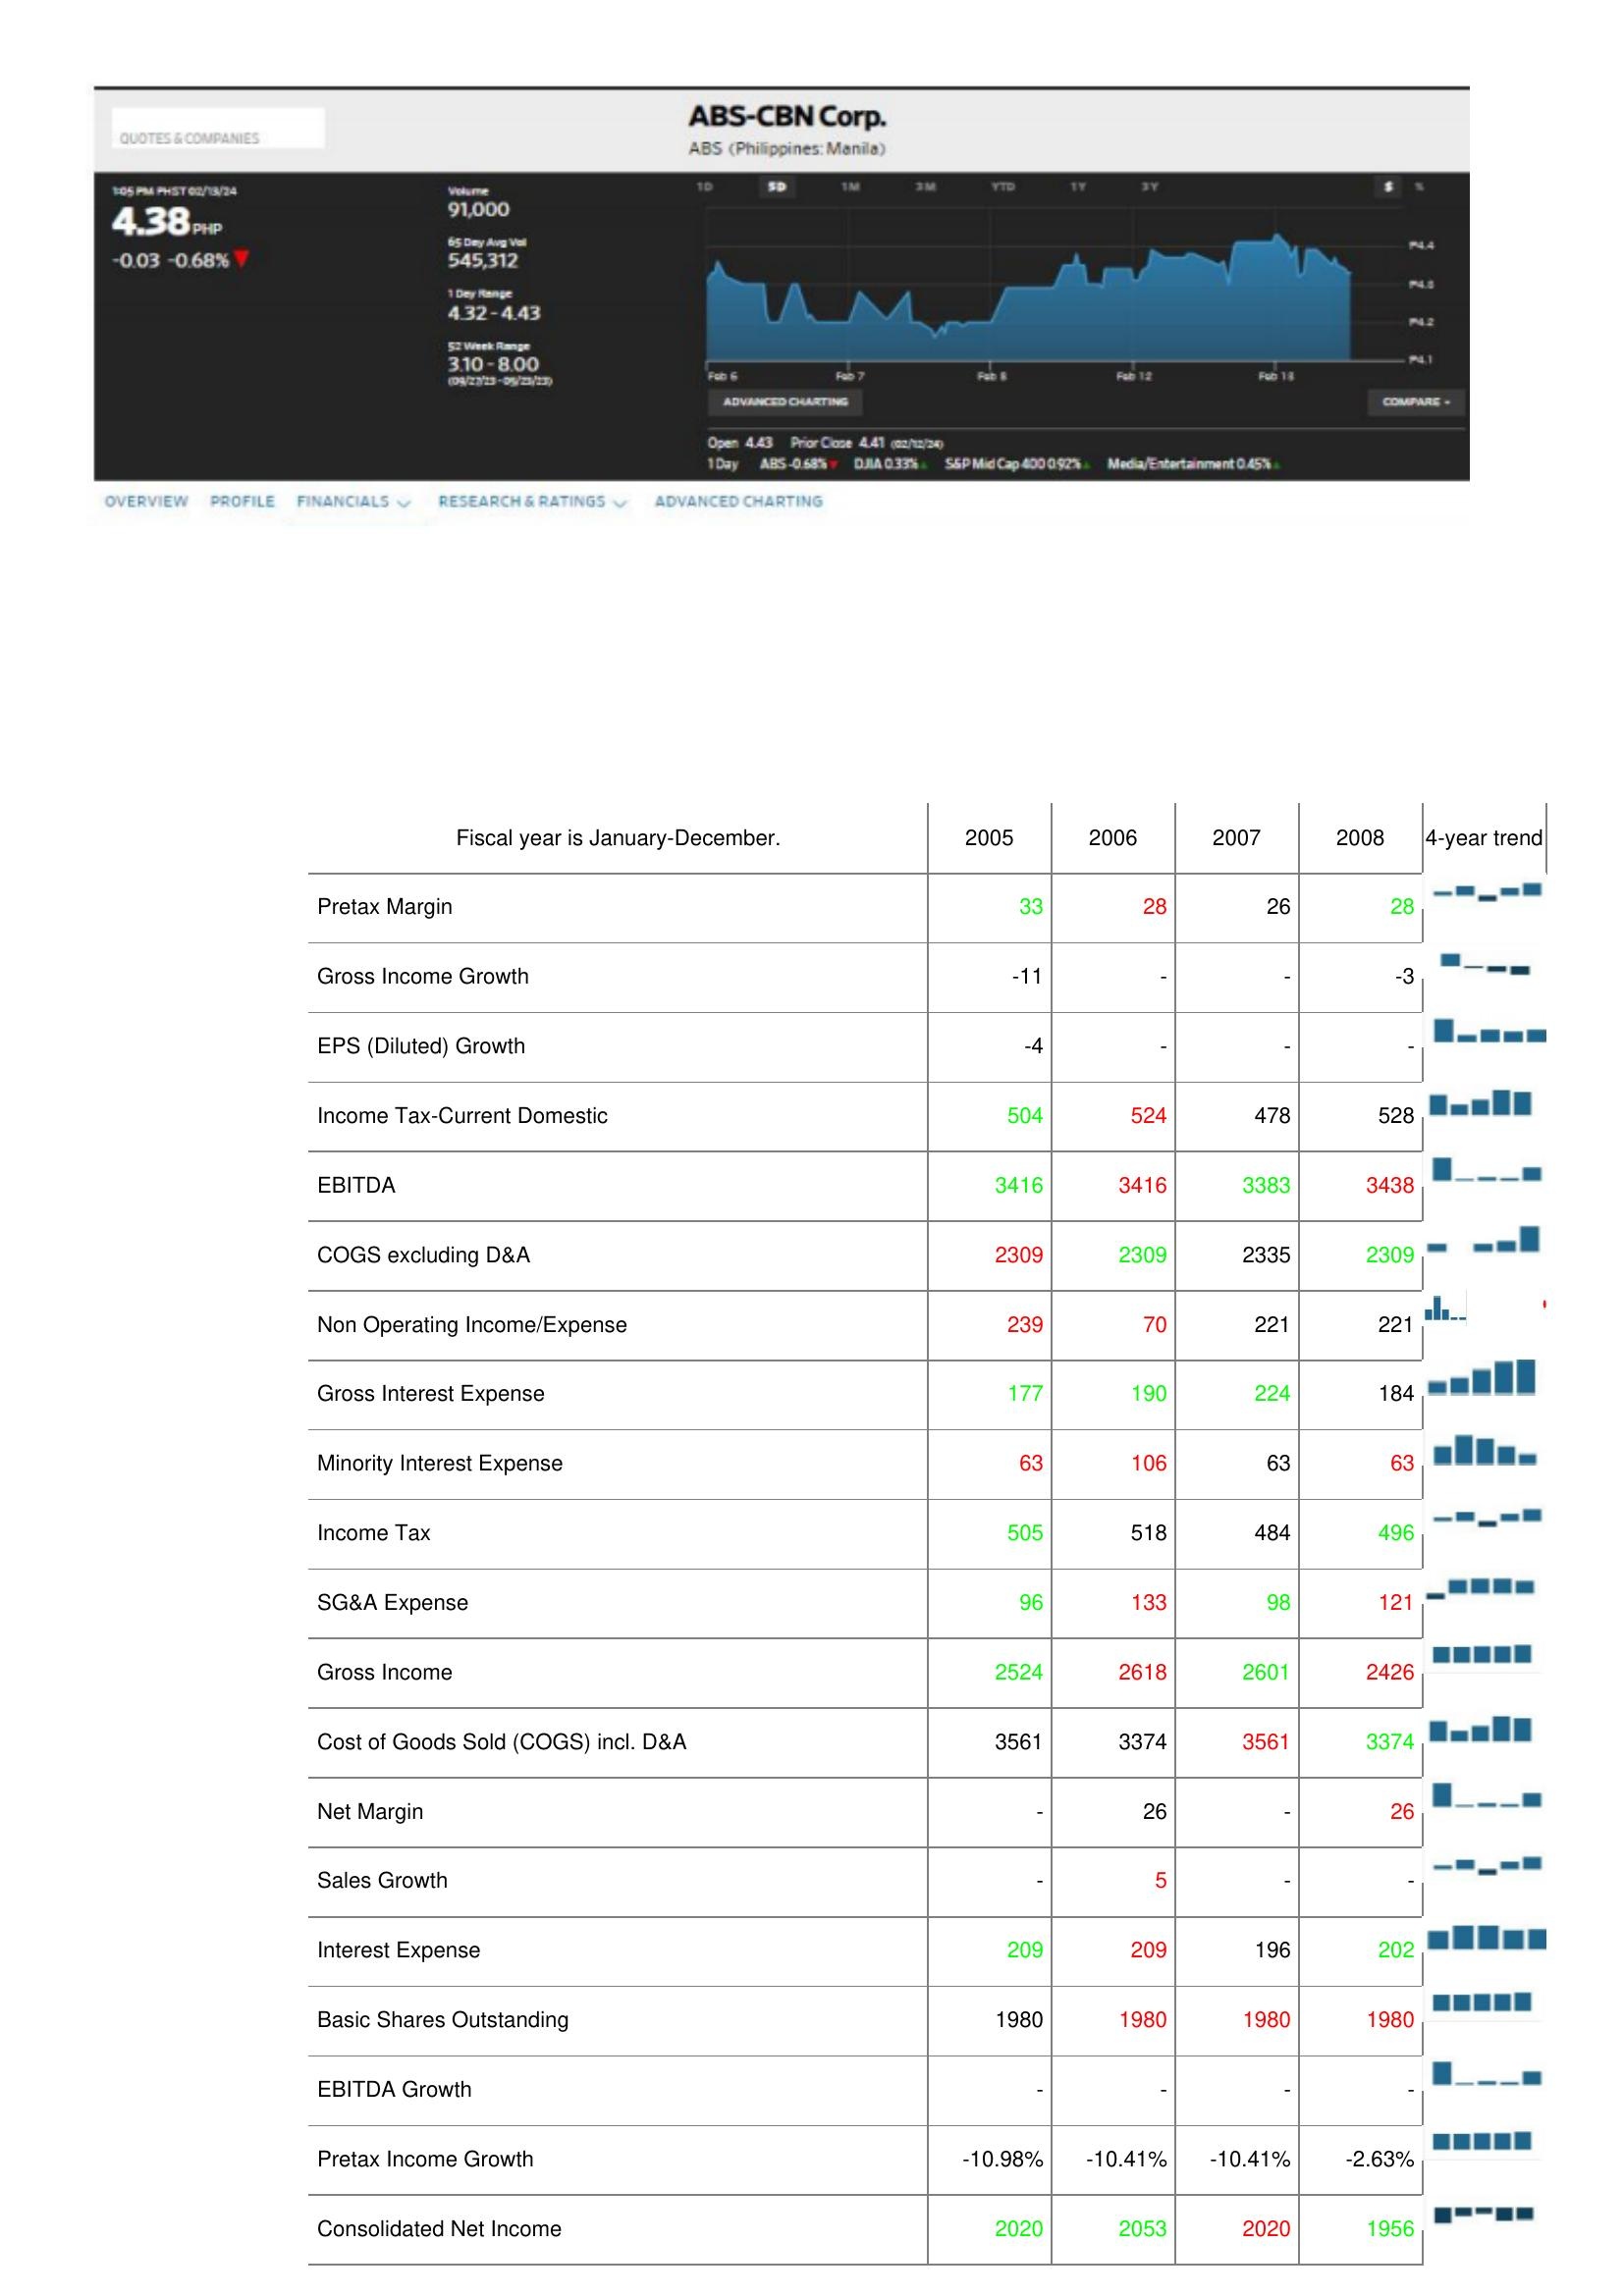
2005: : Pretax Margin: 33
Gross Income Growth: -11
EPS (Diluted) Growth: -4
Income Tax-Current Domestic: 504
EBITDA: 3416
COGS excluding D&A: 2309
Non Operating Income/Expense: 239
Gross Interest Expense: 177
Minority Interest Expense: 63
Income Tax: 505
SG&A Expense: 96
Gross Income: 2524
Cost of Goods Sold (COGS) incl. D&A: 3561
Net Margin: -
Sales Growth: -
Interest Expense: 209
Basic Shares Outstanding: 1980
EBITDA Growth: -
Pretax Income Growth: -10.98%
Consolidated Net Income: 2020
2006: : Pretax Margin: 28
Gross Income Growth: -
EPS (Diluted) Growth: -
Income Tax-Current Domestic: 524
EBITDA: 3416
COGS excluding D&A: 2309
Non Operating Income/Expense: 70
Gross Interest Expense: 190
Minority Interest Expense: 106
Income Tax: 518
SG&A Expense: 133
Gross Income: 2618
Cost of Goods Sold (COGS) incl. D&A: 3374
Net Margin: 26
Sales Growth: 5
Interest Expense: 209
Basic Shares Outstanding: 1980
EBITDA Growth: -
Pretax Income Growth: -10.41%
Consolidated Net Income: 2053
2007: : Pretax Margin: 26
Gross Income Growth: -
EPS (Diluted) Growth: -
Income Tax-Current Domestic: 478
EBITDA: 3383
COGS excluding D&A: 2335
Non Operating Income/Expense: 221
Gross Interest Expense: 224
Minority Interest Expense: 63
Income Tax: 484
SG&A Expense: 98
Gross Income: 2601
Cost of Goods Sold (COGS) incl. D&A: 3561
Net Margin: -
Sales Growth: -
Interest Expense: 196
Basic Shares Outstanding: 1980
EBITDA Growth: -
Pretax Income Growth: -10.41%
Consolidated Net Income: 2020
2008: : Pretax Margin: 28
Gross Income Growth: -3
EPS (Diluted) Growth: -
Income Tax-Current Domestic: 528
EBITDA: 3438
COGS excluding D&A: 2309
Non Operating Income/Expense: 221
Gross Interest Expense: 184
Minority Interest Expense: 63
Income Tax: 496
SG&A Expense: 121
Gross Income: 2426
Cost of Goods Sold (COGS) incl. D&A: 3374
Net Margin: 26
Sales Growth: -
Interest Expense: 202
Basic Shares Outstanding: 1980
EBITDA Growth: -
Pretax Income Growth: -2.63%
Consolidated Net Income: 1956